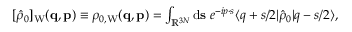
\begin{array} { r } { [ \hat { \rho } _ { 0 } ] _ { \mathrm { W } } ( \ensuremath { \mathbf { q } } , \ensuremath { \mathbf { p } } ) \equiv \rho _ { 0 , \mathrm { W } } ( \ensuremath { \mathbf { q } } , \ensuremath { \mathbf { p } } ) = \int _ { \mathbb { R } ^ { 3 N } } \ensuremath { \mathrm { d } } \ensuremath { \mathbf { s } } \; e ^ { - i \b { p } \cdot \b { s } } \ensuremath { \langle \b { q } + \b { s } / 2 \vert } \hat { \rho } _ { 0 } \ensuremath { \vert \b { q } - \b { s } / 2 \rangle } , \; \; } \end{array}